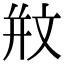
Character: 𣁊